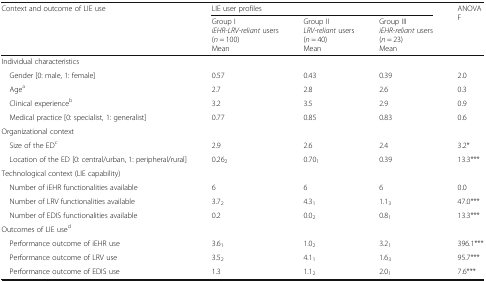
<table><thead><tr><td rowspan="2"><b>Context and outcome of LIE use</b></td><td colspan="3"><b>LIE user profiles</b></td><td rowspan="2"><b>ANOVAF</b></td></tr><tr><td><b>Group I<i>iEHR-LRV-reliant</i> users (<i>n</i> = 100)Mean</b></td><td><b>Group II<i>LRV-reliant</i> users (<i>n</i> = 40)Mean</b></td><td><b>Group III<i>iEHR-reliant</i> users (<i>n</i> = 23)Mean</b></td></tr></thead><tbody><tr><td colspan="5">Individual characteristics</td></tr><tr><td> Gender [0: male, 1: female]</td><td>0.57</td><td>0.43</td><td>0.39</td><td>2.0</td></tr><tr><td> Age<sup>a</sup></td><td>2.7</td><td>2.8</td><td>2.6</td><td>0.3</td></tr><tr><td> Clinical experience<sup>b</sup></td><td>3.2</td><td>3.5</td><td>2.9</td><td>0.9</td></tr><tr><td> Medical practice [0: specialist, 1: generalist]</td><td>0.77</td><td>0.85</td><td>0.83</td><td>0.6</td></tr><tr><td colspan="5">Organizational context</td></tr><tr><td> Size of the ED<sup>c</sup></td><td>2.9</td><td>2.6</td><td>2.4</td><td>3.2*</td></tr><tr><td> Location of the ED [0: central/urban, 1: peripheral/rural]</td><td>0.26<sub>2</sub></td><td>0.70<sub>1</sub></td><td>0.39</td><td>13.3***</td></tr><tr><td colspan="5">Technological context (LIE capability)</td></tr><tr><td> Number of iEHR functionalities available</td><td>6</td><td>6</td><td>6</td><td>0.0</td></tr><tr><td> Number of LRV functionalities available</td><td>3.7<sub>2</sub></td><td>4.3<sub>1</sub></td><td>1.1<sub>3</sub></td><td>47.0***</td></tr><tr><td> Number of EDIS functionalities available</td><td>0.2</td><td>0.0<sub>2</sub></td><td>0.8<sub>1</sub></td><td>13.3***</td></tr><tr><td colspan="5">Outcomes of LIE use<sup>d</sup></td></tr><tr><td> Performance outcome of iEHR use</td><td>3.6<sub>1</sub></td><td>1.0<sub>2</sub></td><td>3.2<sub>1</sub></td><td>396.1***</td></tr><tr><td> Performance outcome of LRV use</td><td>3.5<sub>2</sub></td><td>4.1<sub>1</sub></td><td>1.6<sub>3</sub></td><td>95.7***</td></tr><tr><td> Performance outcome of EDIS use</td><td>1.3</td><td>1.1<sub>2</sub></td><td>2.0<sub>1</sub></td><td>7.6***</td></tr></tbody></table>